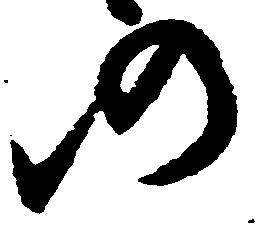
仍